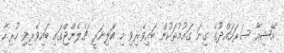
އޭޝިއާ ސަރަހައްދުގެ ގިނަ ގައުމުތަކުން ބައިވެރިވި މި ކަލިނަރީ ޗެލެންޖްގައި ބައިވެރިވި ހުރިހާ